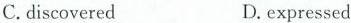
C.discovered D.expressed